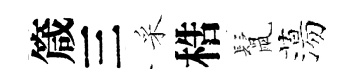
箴三采梏鬛蕩